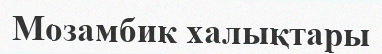
Мозамбик халықтары